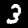
Digit: 3